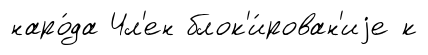
наро́да Чл'ен блок'и́рован'иjе к